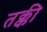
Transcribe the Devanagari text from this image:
तक्की